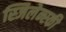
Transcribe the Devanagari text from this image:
स्जिलेन्स्की